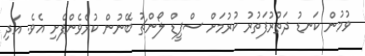
ވުމުން ކަނޑު ދަތުރުފަތުރު ކުރުމަށް ސްޕީޑް ލޯންޗު ބޭނުން ކުރެވެންފެށި އެވެ. އަދި